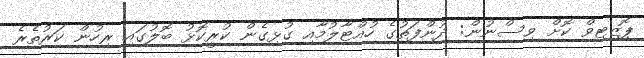
ޕޮޒިޓިވް ކޮށް ވިސްނުން: ދުންފަތުގެ ހުއްޓާލުމާއި ގުޅިގެން ކުރީކޮޅު ބޮލުގައި ރިހުން ކަރުތެރެ